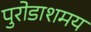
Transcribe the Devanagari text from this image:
पुरोडाशमय